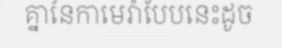
គ្នានៃកាមេរ៉ាបែបនេះដូច